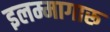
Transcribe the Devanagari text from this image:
इलम्मागारू